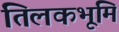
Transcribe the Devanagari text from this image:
तिलकभूमि